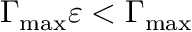
\Gamma _ { \mathrm { m a x } } \varepsilon < \Gamma _ { \mathrm { m a x } }